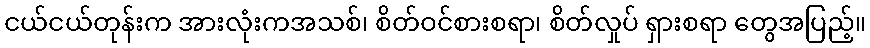
ငယ်ငယ်တုန်းက အားလုံးကအသစ်၊ စိတ်ဝင်စားစရာ၊ စိတ်လှုပ် ရှားစရာ တွေအပြည့်။